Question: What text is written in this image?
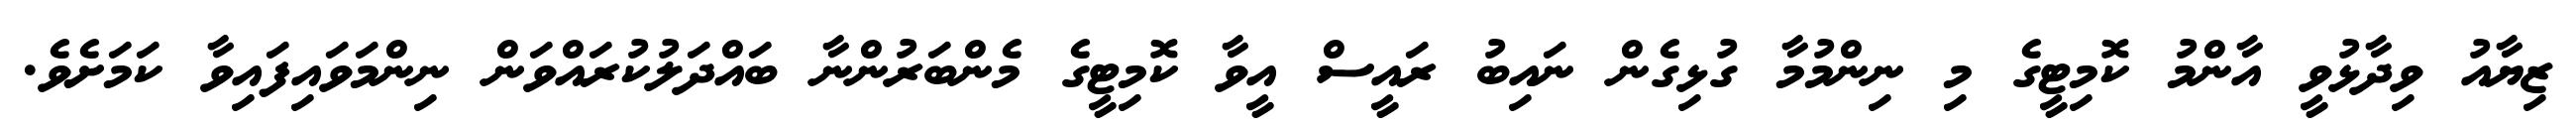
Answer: ޒިޔާއު ވިދާޅުވީ އާންމު ކޮމިޓީގެ މި ނިންމުމާ ގުޅިގެން ނައިބު ރައީސް އީވާ ކޮމިޓީގެ މެންބަރުންނާ ބައްދަލުކުރައްވަން ނިންމަވައިފައިވާ ކަމަށެވެ.